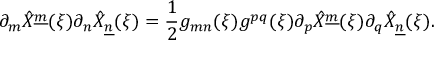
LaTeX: \partial _ { m } \hat { X } ^ { \underline { { { m } } } } ( \xi ) \partial _ { n } \hat { X } _ { \underline { { { n } } } } ( \xi ) = { \frac { 1 } { 2 } } g _ { m n } ( \xi ) g ^ { p q } ( \xi ) \partial _ { p } \hat { X } ^ { \underline { { { m } } } } ( \xi ) \partial _ { q } \hat { X } _ { \underline { { { n } } } } ( \xi ) .